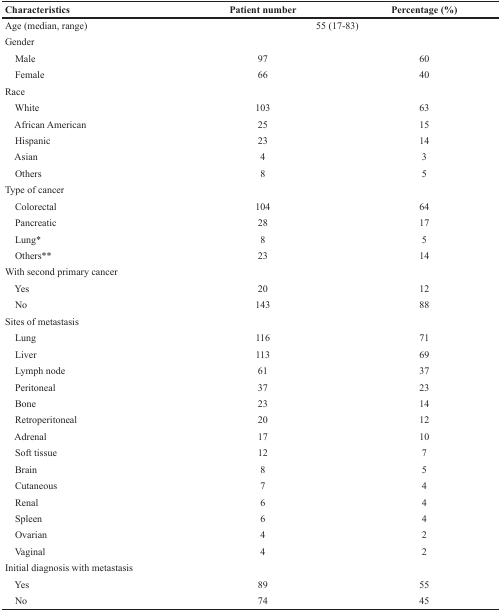
<table><thead><tr><td><b>Characteristics</b></td><td><b>Patient number</b></td><td><b>Percentage (%)</b></td></tr></thead><tbody><tr><td>Age (median, range)</td><td colspan="2">55 (17-83)</td></tr><tr><td colspan="3">Gender</td></tr><tr><td> Male</td><td>97</td><td>60</td></tr><tr><td> Female</td><td>66</td><td>40</td></tr><tr><td colspan="3">Race</td></tr><tr><td> White</td><td>103</td><td>63</td></tr><tr><td> African American</td><td>25</td><td>15</td></tr><tr><td> Hispanic</td><td>23</td><td>14</td></tr><tr><td> Asian</td><td>4</td><td>3</td></tr><tr><td> Others</td><td>8</td><td>5</td></tr><tr><td colspan="3">Type of cancer</td></tr><tr><td> Colorectal</td><td>104</td><td>64</td></tr><tr><td> Pancreatic</td><td>28</td><td>17</td></tr><tr><td> Lung*</td><td>8</td><td>5</td></tr><tr><td> Others**</td><td>23</td><td>14</td></tr><tr><td colspan="3">With second primary cancer</td></tr><tr><td> Yes</td><td>20</td><td>12</td></tr><tr><td> No</td><td>143</td><td>88</td></tr><tr><td colspan="3">Sites of metastasis</td></tr><tr><td> Lung</td><td>116</td><td>71</td></tr><tr><td> Liver</td><td>113</td><td>69</td></tr><tr><td> Lymph node</td><td>61</td><td>37</td></tr><tr><td> Peritoneal</td><td>37</td><td>23</td></tr><tr><td> Bone</td><td>23</td><td>14</td></tr><tr><td> Retroperitoneal</td><td>20</td><td>12</td></tr><tr><td> Adrenal</td><td>17</td><td>10</td></tr><tr><td> Soft tissue</td><td>12</td><td>7</td></tr><tr><td> Brain</td><td>8</td><td>5</td></tr><tr><td> Cutaneous</td><td>7</td><td>4</td></tr><tr><td> Renal</td><td>6</td><td>4</td></tr><tr><td> Spleen</td><td>6</td><td>4</td></tr><tr><td> Ovarian</td><td>4</td><td>2</td></tr><tr><td> Vaginal</td><td>4</td><td>2</td></tr><tr><td colspan="3">Initial diagnosis with metastasis</td></tr><tr><td> Yes</td><td>89</td><td>55</td></tr><tr><td> No</td><td>74</td><td>45</td></tr></tbody></table>